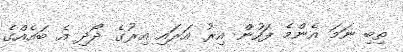
ތިބި ނަމަ އެންމެ ފަހުން އިރު އަރައި އިރުގެ ދޯދި އެ ބައެއްގެ